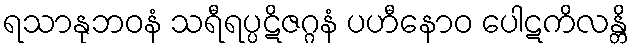
ရသာနုဘဝနံ သရီရပ္ပဋိဇဂ္ဂနံ ပဟီနောဝ ပေါဋကိလန္တိ